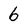
Character: 6